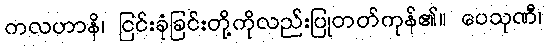
ကလဟာနိ၊ ငြင်းခုံခြင်းတို့ကိုလည်းပြုတတ်ကုန်၏။ ပေသုဏီ၊